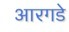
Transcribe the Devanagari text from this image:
आरगडे